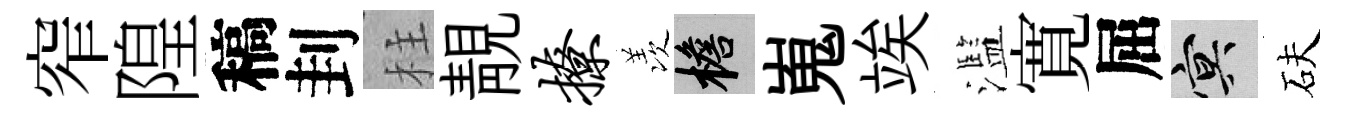
窄隍稿刲柱靚撩羡檐嵬竢濫寛屈冥砆